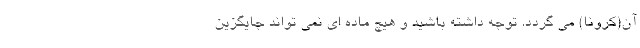
آن(کرونا) می گردد. توجه داشته باشید و هیچ ماده ای نمی تواند جایگزین